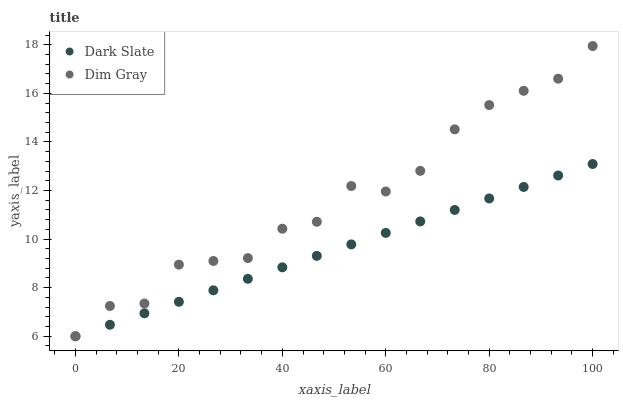
| xaxis_label | Dark Slate | Dim Gray |
 | --- | --- | --- |
 | 0 | 6 | 6 |
 | 6.67 | 6.47 | 7.25 |
 | 13.3 | 6.95 | 7.35 |
 | 20 | 7.42 | 8.95 |
 | 26.7 | 7.89 | 9.1 |
 | 33.3 | 8.36 | 9.22 |
 | 40 | 8.84 | 10.4 |
 | 46.7 | 9.31 | 10.7 |
 | 53.3 | 9.78 | 12.2 |
 | 60 | 10.3 | 12 |
 | 66.7 | 10.7 | 12.8 |
 | 73.3 | 11.2 | 14.5 |
 | 80 | 11.7 | 15.5 |
 | 86.7 | 12.1 | 16.1 |
 | 93.3 | 12.6 | 16.6 |
 | 100 | 13.1 | 17.9 |